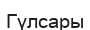
Гүлсары